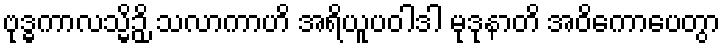
ဗုဒ္ဓကာလသ္မိဉှိ သလာကာဟိ အရိယူပဝါဒါ မုဒုနာတိ အဝိကောပေတွာ